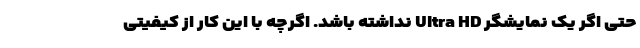
حتی اگر یک نمایشگر Ultra HD نداشته باشد. اگرچه با این کار از کیفیتی